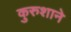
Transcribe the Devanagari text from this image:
कुरुशाने